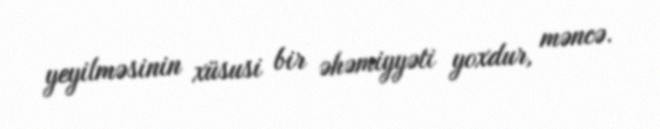
yeyilməsinin xüsusi bir əhəmiyyəti yoxdur, məncə.